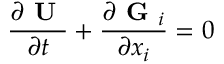
\frac { \partial \textbf { U } } { \partial t } + \frac { \partial \textbf { G } _ { i } } { \partial x _ { i } } = 0